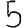
Digit: 5